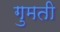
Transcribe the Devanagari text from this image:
गुमती